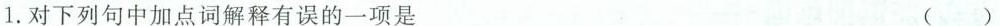
1.对下列句中加点词解释有误的一项是 ()